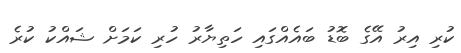
ކުރި އިރު އޭގެ ބޮޑު ބައެއްގައި ހަތިޔާރު ހުރި ކަމަށް ޝައްކު ކުރެ